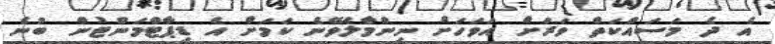
އެ ދެ މަސައްކަތް ވަރަށް އަވަހަށް ނިންމާލެވޭނެ ކަމަށް އެ ޑިޕާޓްމަންޓުން ބުނެ